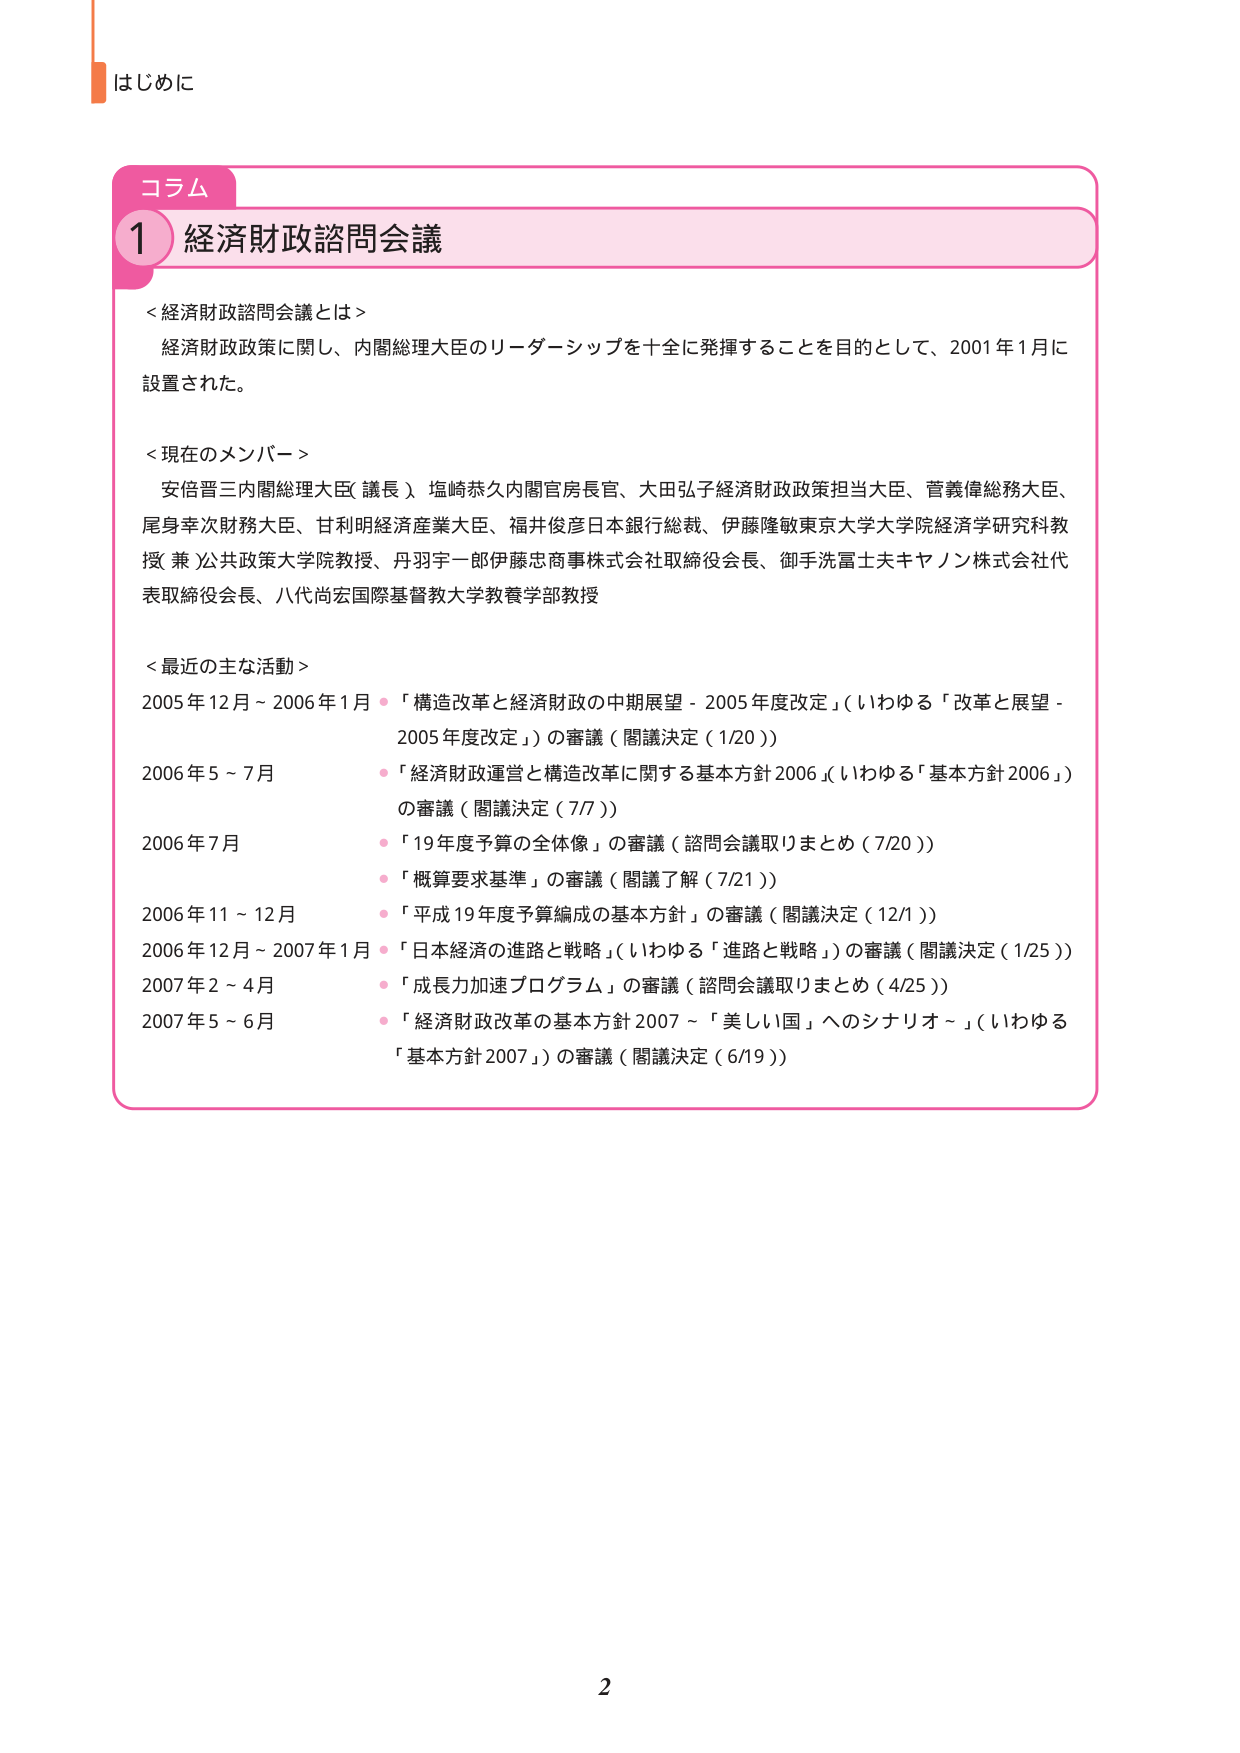
はじめに

コラム
1 経済財政諮問会議

＜経済財政諮問会議とは＞
経済財政政策に関し、内閣総理大臣のリーダーシップを十全に発揮することを目的として、2001年1月に設置された。

＜現在のメンバー＞
安倍晋三内閣総理大臣（議長）、塩崎恭久内閣官房長官、大田弘子経済財政政策担当大臣、菅義偉総務大臣、尾身幸次財務大臣、甘利明経済産業大臣、福井俊彦日本銀行総裁、伊藤隆敏東京大学大学院経済学研究科教授（兼）公共政策大学院教授、丹羽宇一郎伊藤忠商事株式会社取締役会長、御手洗冨士夫キヤノン株式会社代表取締役会長、八代尚宏国際基督教大学教養学部教授

＜最近の主な活動＞
2005年12月～2006年1月 ●「構造改革と経済財政の中期展望－2005年度改定」（いわゆる「改革と展望－2005年度改定」）の審議（閣議決定（1/20））
2006年5～7月 ●「経済財政運営と構造改革に関する基本方針2006」（いわゆる「基本方針2006」）の審議（閣議決定（7/7））
2006年7月 ●「19年度予算の全体像」の審議（諮問会議取りまとめ（7/20））
●「概算要求基準」の審議（閣議了解（7/21））
2006年11～12月 ●「平成19年度予算編成の基本方針」の審議（閣議決定（12/1））
2006年12月～2007年1月 ●「日本経済の進路と戦略」（いわゆる「進路と戦略」）の審議（閣議決定（1/25））
2007年2～4月 ●「成長力加速プログラム」の審議（諮問会議取りまとめ（4/25））
2007年5～6月 ●「経済財政改革の基本方針2007～「美しい国」へのシナリオ～」（いわゆる「基本方針2007」）の審議（閣議決定（6/19））

2